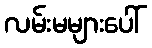
လမ်းမများပေါ်